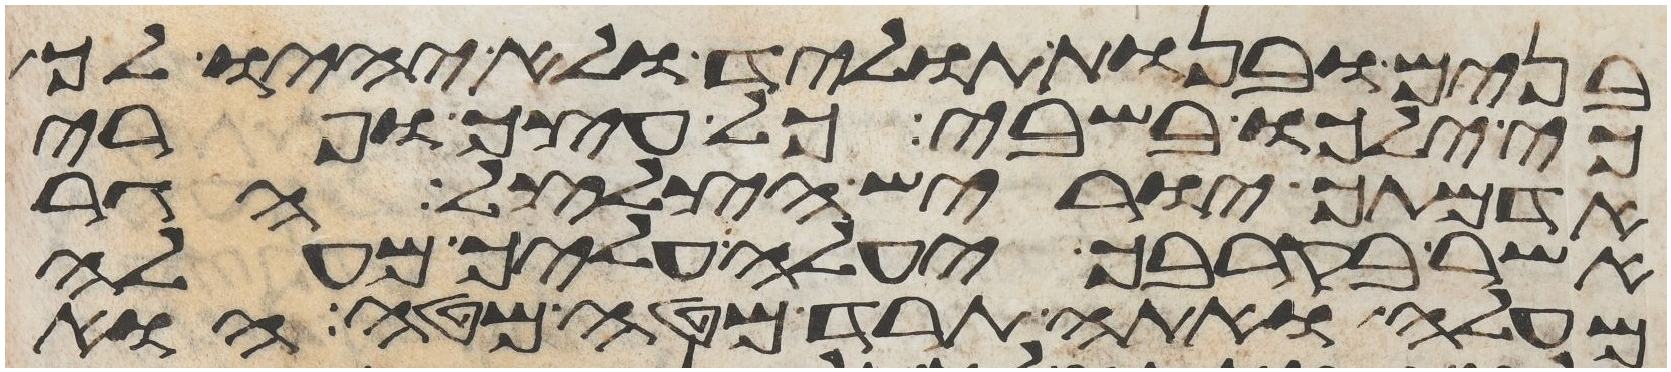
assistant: בנים ובנות תוליד ולא יהיו לך
כי ילכו בשבי כל עצך ופרי
אדמתך יוריש הצלצל הגר
אשר בקרבך יעלה עליך מעלה
מעלה ואתה תרד מטה מטה הוא